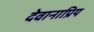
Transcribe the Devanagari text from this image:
देवानाप्रिय